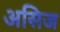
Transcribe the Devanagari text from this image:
असिज